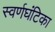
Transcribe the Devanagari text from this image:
स्वर्णघंटिका